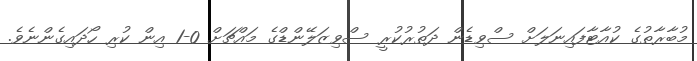
މުބާރާތުގެ ކުއާޓާފައިނަލަށް ސްވިޑެން ދަތުރުކުރީ ސްވިޒަލޭންޑްގެ މައްޗަށް 0-1 އިން ކުރި ހޯދައިގެންނެވެ.